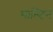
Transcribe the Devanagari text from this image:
माल्टिन